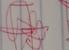
Signature authenticity: genuine